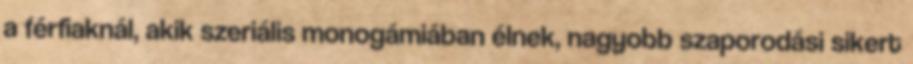
a férﬁaknál, akik szeriális monogámiában élnek, nagyobb szaporodási sikert